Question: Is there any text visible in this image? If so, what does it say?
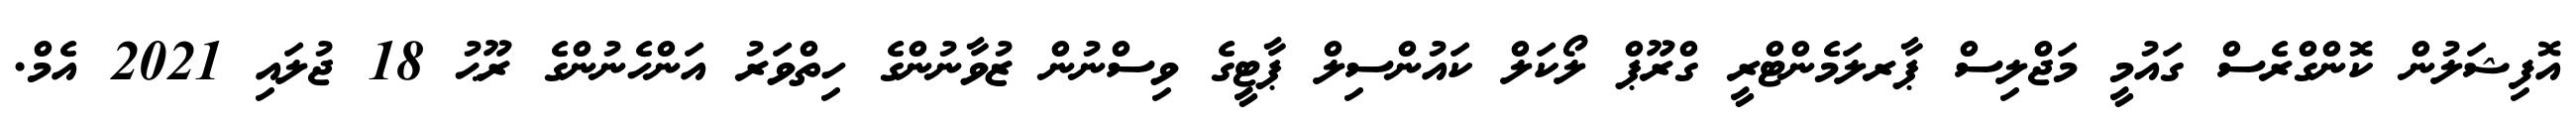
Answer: އޮފިޝަލުން ކޮންގްރެސް ގައުމީ މަޖްލިސް ޕާރލަމެންޓްރީ ގްރޫޕް ލޯކަލް ކައުންސިލް ޕާޓީގެ ވިސްނުން ޒުވާނުންގެ ހިތްވަރު އަންހެނުންގެ ރޫޙު 18 ޖުލައި 2021 އެމް.